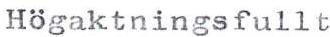
Högaktningsfullt